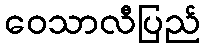
ဝေသာလီပြည်